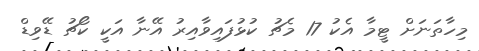
މިހާތަނަށް ޓީމާ އެކު 17 މެޗު ކުޅުފައިވާއިރު އޭނާ އަކީ ކޯޗު ޑޭވިޑް